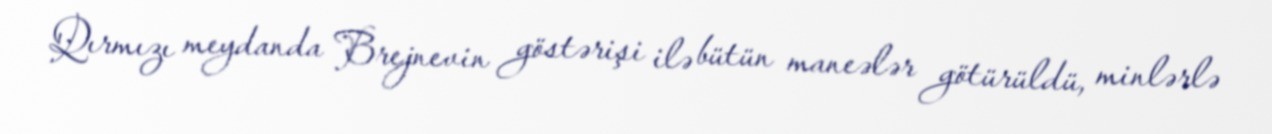
Qırmızı meydanda Brejnevin göstərişi ilə bütün maneələr götürüldü, minlərlə